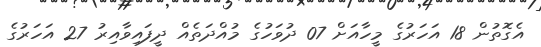
އެގޮތުން 18 އަހަރުގެ މީހާއަށް 07 ދުވަހުގެ މުއްދަތެއް ދީފައިވާއިރު 27 އަހަރުގެ